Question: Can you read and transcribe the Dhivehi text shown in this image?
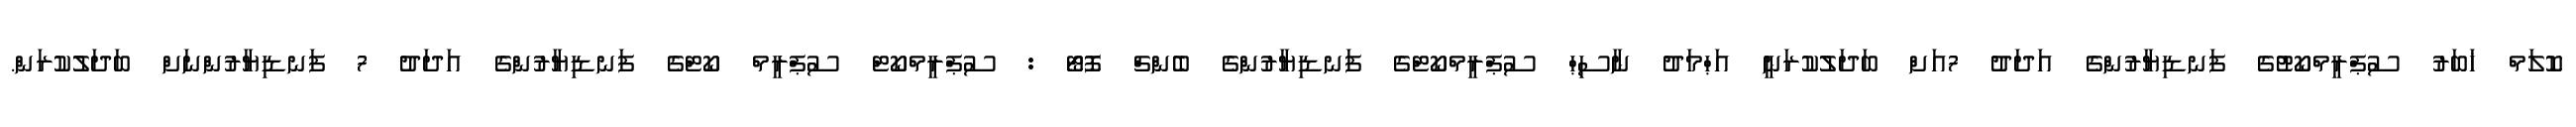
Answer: ކޮލަމް ޚަބަރު ސުޕްރީމްކޯޓުގެ ފަނޑިޔާރުންގެ އަދަދު 7އަށް ބަދަލުކުރަނީ އަޙްމަދު ނާސިޙް ސުޕްރީމްކޯޓްގެ ފަނޑިޔާރުންގެ ބެންޗް ފޮޓޯ : ސުޕްރީމްކޯޓް ސުޕްރީމް ކޯޓްގެ ފަނޑިޔާރުންގެ އަދަދު 7 ފަނޑިޔާރުންނަށް ބަދަލުކުރަން.